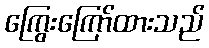
ကြွေးကြော်ထားသည်